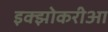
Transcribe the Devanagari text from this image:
इक्झोकरीआ